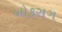
બોકસગ